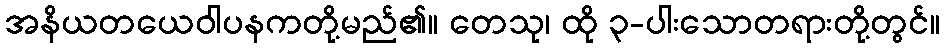
အနိယတယေဝါပနကတို့မည်၏။ တေသု၊ ထို ၃-ပါးသောတရားတို့တွင်။